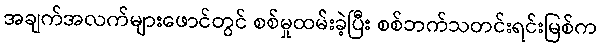
အချက်အလက်များဖောင်တွင် စစ်မှုထမ်းခဲ့ပြီး စစ်ဘက်သတင်းရင်းမြစ်က